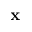
\mathbf { x }